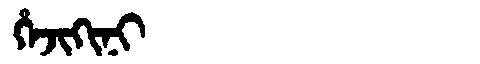
Manchu: ᡥᡝᠵᡳᡴᡳᠨᡳ
Romanization: HEJIKINI